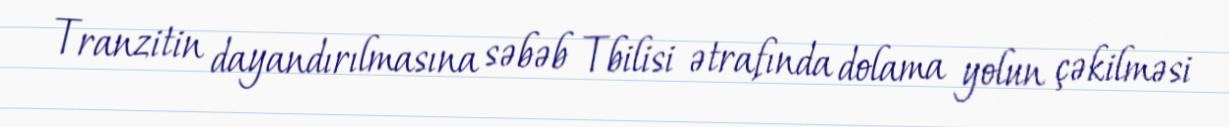
Tranzitin dayandırılmasına səbəb Tbilisi ətrafında dolama yolun çəkilməsi